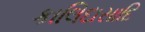
કાલિદાસાદિ